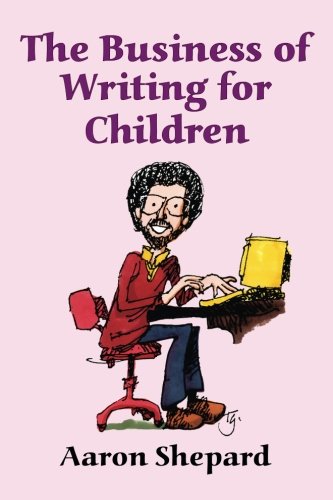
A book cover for The Business of Writing for Children: An Award-Winning Author's Tips on Writing Children's Books and Publishing Them, or How to Write, Publish, and Promote a Book for Kids; Aaron Shepard; Reference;